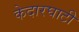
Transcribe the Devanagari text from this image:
केदारघाटी